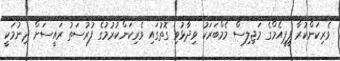
ވެރިކަންކުރާ ޕީޕީއެމްގެ މަޖިލިސް މެމްބަރަކު ވިދާޅުވި ގޮތުގައި ވެރިކަންކުރުމުގެ ފުރުސަތު ރައީސަށް ދިނުމަކީ